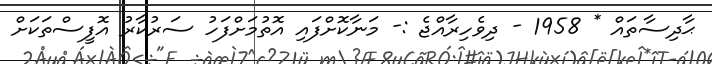
ޙާދިސާތައް * 1958 - ދިވެހިރާއްޖެ :- މަނާކޮށްފައި އޮތުމަށްފަހު ސަރުކާރު އޮފީސްތަކަށް